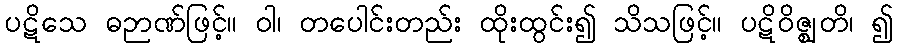
ပဋိသေ ဓဉာဏ်ဖြင့်။ ဝါ၊ တပေါင်းတည်း ထိုးထွင်း၍ သိသဖြင့်။ ပဋိဝိဇ္ဈတိ၊ ၍